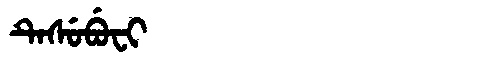
Manchu: ᡨᡝᠰᡠᠪᡠᠸᡳ
Romanization: TESUBUFI